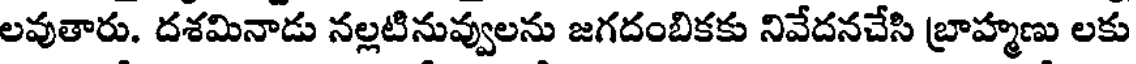
లవుతారు. దశమినాడు నల్లటినువ్వులను జగదంబికకు నివేదనచేసి బ్రాహ్మణు లకు